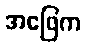
အဖြေက